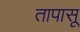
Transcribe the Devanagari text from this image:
तापासू